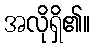
အလိုရှိ၏။